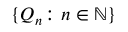
\{ Q _ { n } \colon n \in \mathbb { N } \}